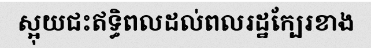
ស្អុយជះឥទ្ធិពលដល់ពលរដ្ឋក្បែរខាង